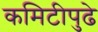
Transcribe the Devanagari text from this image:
कमिटीपुढे